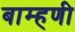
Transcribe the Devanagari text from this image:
बाम्हणी